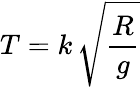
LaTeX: T=k\, {\sqrt{\frac{R}{g}}}